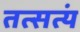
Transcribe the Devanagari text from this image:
तत्सत्यं